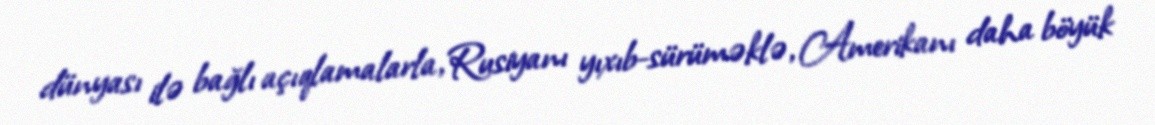
dünyası ilə bağlı açıqlamalarla, Rusiyanı yıxıb-sürüməklə, Amerikanı daha böyük